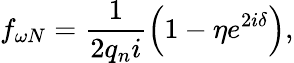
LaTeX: f_{\omega N}=\frac{1}{2q_{n}i}\left(1-\eta e^{2i\delta}\right),